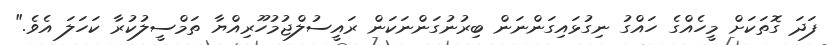
ފަދަ ގޮތަކަށް މީހެއްގެ ހައްގު ނިގުޅައިގަންނަން ބިރުނުގަންނަކަން ރައީސުލްޖުމުހޫރިއްޔާ ތަމްސީލުކުރާ ކަހަލަ އެވެ."